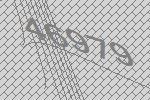
46979